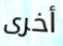
أخرى